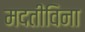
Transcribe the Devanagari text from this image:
मदतीविना